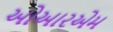
ઓઆરએમ